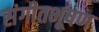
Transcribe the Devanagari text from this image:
संगीतभूषण